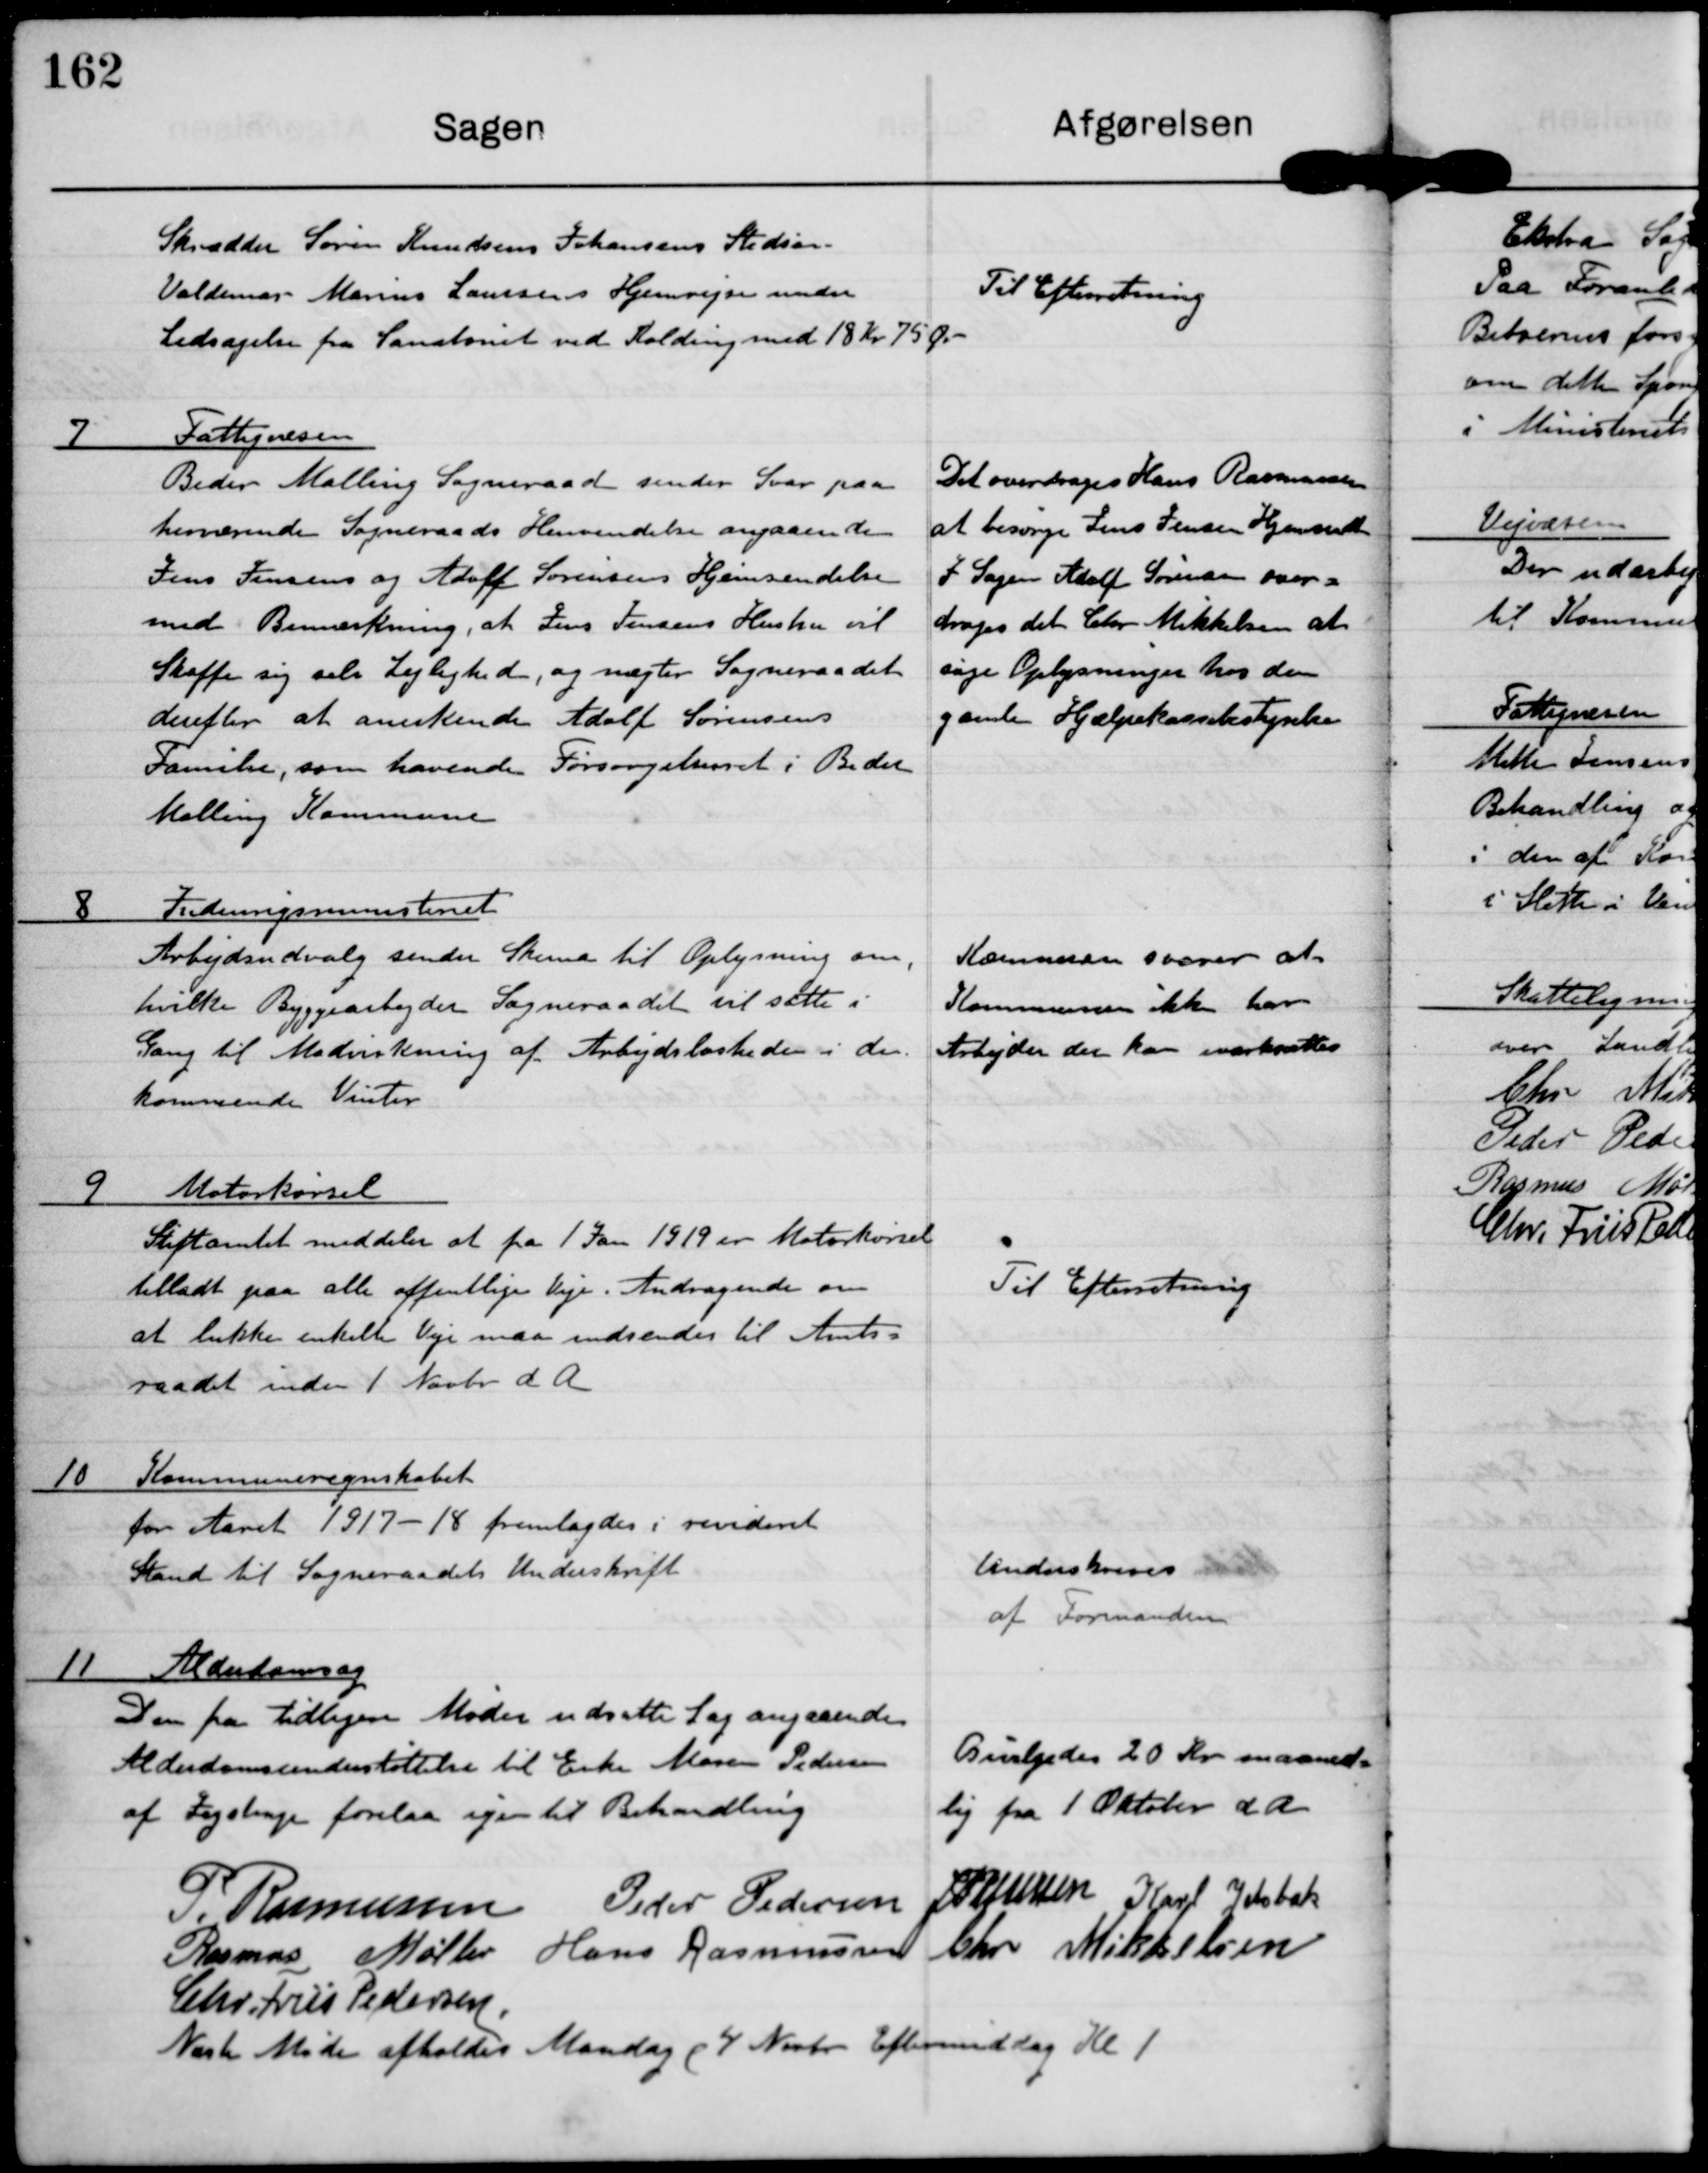
Transskription:
Skrædder Søren Knudsen Johansens Stedsøn
Valdemar Marius Laursens Hjemrejse under
Ledsagelse fra Sanatoriet ved Kolding med 18 Kr 75 Øre

Til Efterretning

7 Fattigvæsen
Beder Malling Sogneraad sender Svar paa
heerværende Sogneraads Henvendelse angaaende
Jens Jensens og Adolf Sørensens Hjemsendelse
med Bemærkning, at Jens Jensens Hustru vil
Skaffe sig selv Lejlighed, og nægter Sogneraadet
derefter at anerkende Adolf Sørensens
Familie, som havende Forsørgelsesret i Beder
Malling Kommune.

Det overdrages Hans Rasmussen
at besørge Jens Jensens Hjemsendt
I Sagen Adolf Sørensen over-
drages det Chr Mikkelsen at
søge Oplysninger hos den
gamle Hjælpekassebestyrelse.

8 Indenrigsministeriet
Arbejdsudvalg sender Skema til Oplysning om
hvilke Byggearbejder Sogneraadet vil sætte i
Gang til Modvirkning af Arbejdsløsheden i den
kommende Vinter.

Kommunen svarer at
Kommunen ikke har
Arbejder der kan iværksættes.

9 Motorkørsel
Stiftamtet meddeler at fra 1 Jan 1919 er Motorkørsel
tilladt paa alle offentlige Veje. Andragende om
at lukke enkelte Veje maa indsendes til Amts-
raadet inden 1 Novbr d A

Til Efterretning

10 Kommuneregnskabet
for Aaret 1917-18 fremlagdes i revideret
Stand til Sogneraadets Underskrift

Underskrives
af Formanden

11 Alderdomsag
Den fra tidligere Møder udsatte Sag angaaende
Alderdomsunderstøttelse til Enke Maren Pedersen
af Jegstrup forelaa igen til Behandling

Bevilgedes 20 Kr maaned-
lig fra 1 Oktober d A

P. Rasmussen

Peder Pedersen

J P Jensen

Karl Jelsbak

Rasmus Møller

Hans Rasmussen

Chr Mikkelsen

Chr. Friis Pedersen

Næste Møde afholdes Mandag d 4 Novbr Eftermiddag Kl 1